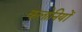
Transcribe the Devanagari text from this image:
कलोनियों